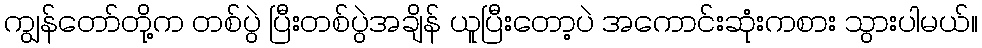
ကျွန်တော်တို့က တစ်ပွဲ ပြီးတစ်ပွဲအချိန် ယူပြီးတော့ပဲ အကောင်းဆုံးကစား သွားပါမယ်။